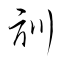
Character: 訓